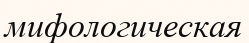
мифологическая